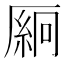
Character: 𫨛